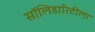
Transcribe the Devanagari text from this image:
सॉलिडारिटीला